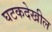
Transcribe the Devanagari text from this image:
घटकदेखील